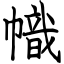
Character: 幟